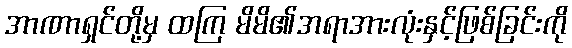
အာဏာရှင်တို့မှ ထကြ မိမိ၏အရာအားလုံးနှင့်ဖြစ်ခြင်းကို